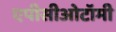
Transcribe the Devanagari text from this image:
एपीसीओटॉमी